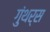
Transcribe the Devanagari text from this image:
गुंथर्स